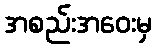
အစည်းအဝေးမှ